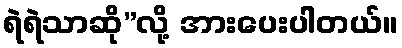
ရဲရဲသာဆို”လို့ အားပေးပါတယ်။